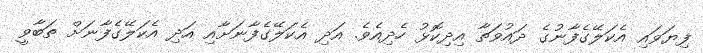
ފިޔަވައި އެކަލޭގެފާނުގެ ދައުވަތާ އިދިކޮޅު ހެދިއެވެ. އަދި އެކަލޭގެފާނަށާއި އަދި އެކަލޭގެފާނަށް ތަބާވީ